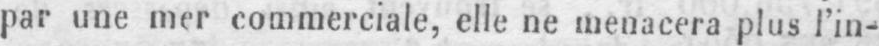
par une mer commerciale, elle ne menacera plus l’in-